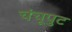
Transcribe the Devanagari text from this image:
चंचूपुट